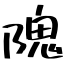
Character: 隗